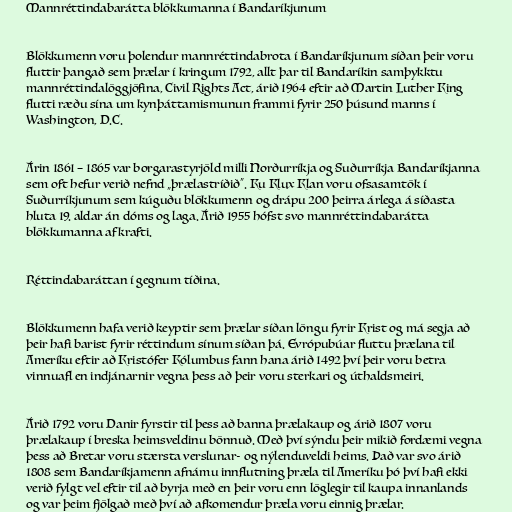
Mannréttindabarátta blökkumanna í Bandaríkjunum

Blökkumenn voru þolendur mannréttindabrota í Bandaríkjunum síðan þeir voru
fluttir þangað sem þrælar í kringum 1792, allt þar til Bandaríkin samþykktu
mannréttindalöggjöfina, Civil Rights Act, árið 1964 eftir að Martin Luther King
flutti ræðu sína um kynþáttamismunun frammi fyrir 250 þúsund manns í
Washington, D.C.

Árin 1861 – 1865 var borgarastyrjöld milli Norðurríkja og Suðurríkja Bandaríkjanna
sem oft hefur verið nefnd „þrælastríðið“. Ku Klux Klan voru ofsasamtök í
Suðurríkjunum sem kúguðu blökkumenn og drápu 200 þeirra árlega á síðasta
hluta 19. aldar án dóms og laga. Árið 1955 hófst svo mannréttindabarátta
blökkumanna af krafti.

Réttindabaráttan í gegnum tíðina.

Blökkumenn hafa verið keyptir sem þrælar síðan löngu fyrir Krist og má segja að
þeir hafi barist fyrir réttindum sínum síðan þá. Evrópubúar fluttu þrælana til
Ameríku eftir að Kristófer Kólumbus fann hana árið 1492 því þeir voru betra
vinnuafl en indjánarnir vegna þess að þeir voru sterkari og úthaldsmeiri.

Árið 1792 voru Danir fyrstir til þess að banna þrælakaup og árið 1807 voru
þrælakaup í breska heimsveldinu bönnuð. Með því sýndu þeir mikið fordæmi vegna
þess að Bretar voru stærsta verslunar- og nýlenduveldi heims. Það var svo árið
1808 sem Bandaríkjamenn afnámu innflutning þræla til Ameríku þó því hafi ekki
verið fylgt vel eftir til að byrja með en þeir voru enn löglegir til kaupa innanlands
og var þeim fjölgað með því að afkomendur þræla voru einnig þrælar.